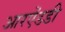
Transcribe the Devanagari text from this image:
आरऐंडडी